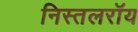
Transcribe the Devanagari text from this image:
निस्तलरॉय